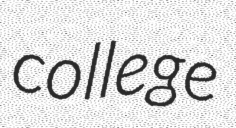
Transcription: college